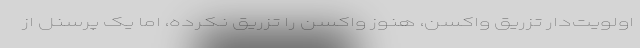
اولویت‌دار تزریق واکسن، هنوز واکسن را تزریق نکرده، اما یک پرسنل از